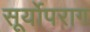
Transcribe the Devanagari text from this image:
सूर्योपराग